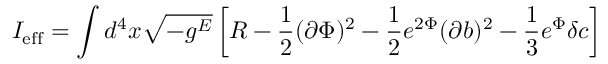
I _ { \mathrm { e f f } } = \int d ^ { 4 } x \sqrt { - g ^ { E } } \left[ R - \frac { 1 } { 2 } ( \partial \Phi ) ^ { 2 } - \frac { 1 } { 2 } e ^ { 2 \Phi } ( \partial b ) ^ { 2 } - \frac { 1 } { 3 } e ^ { \Phi } \delta c \right]